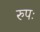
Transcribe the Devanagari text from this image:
रुपः